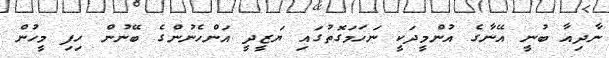
ނާދިއާ ބުނީ އޭނާގެ އުންމީދަކީ ނަހަމަގޮތުގައި ޔަޒީދީ އަންހެނުންގެ ބޭނުން ހިފި މީހުން